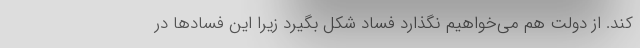
کند. از دولت هم می‌خواهیم نگذارد فساد شکل بگیرد زیرا این فسادها در